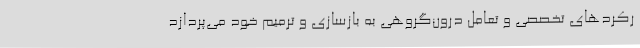
رکردهای تخصصی و تعامل درون‌گروهی به بازسازی و ترمیم خود می‌پردازد